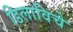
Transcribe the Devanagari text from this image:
डिलाविचे